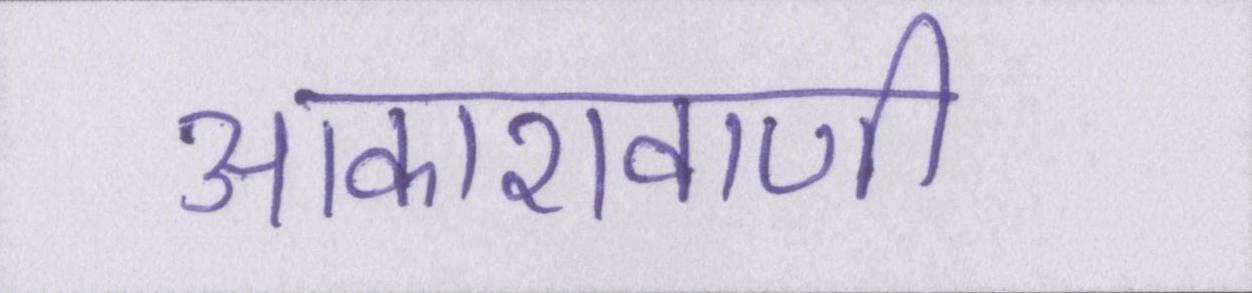
आकाशवाणी